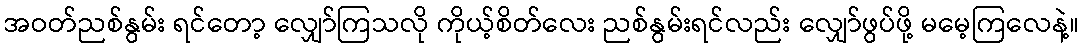
အဝတ်ညစ်နွမ်း ရင်တော့ လျှော်ကြသလို ကိုယ့်စိတ်လေး ညစ်နွမ်းရင်လည်း လျှော်ဖွပ်ဖို့ မမေ့ကြလေနဲ့။